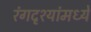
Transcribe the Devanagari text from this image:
रंगदृश्यांमध्ये